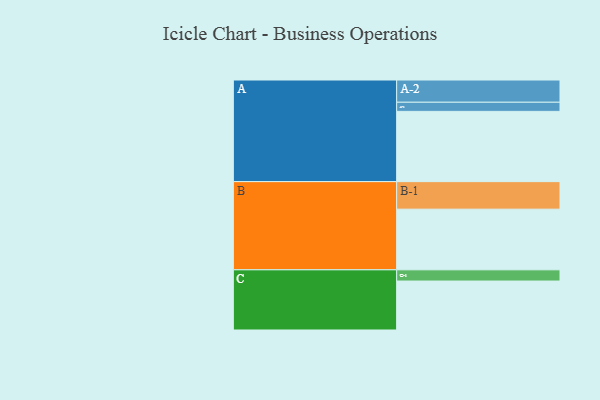
{"axis": {"x": "Segment", "y": "Value"}, "legend": ["", "A", "B", "C"], "data": [{"x": "A", "y": 600, "type": ""}, {"x": "B", "y": 518, "type": ""}, {"x": "C", "y": 418, "type": ""}, {"x": "A-1", "y": 78, "type": "A"}, {"x": "A-2", "y": 190, "type": "A"}, {"x": "B-1", "y": 235, "type": "B"}, {"x": "C-1", "y": 96, "type": "C"}]}